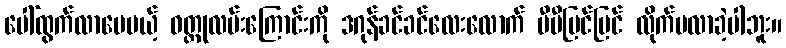
ပေါ်ထွက်လာပေမယ့် ဝတ္ထုလမ်းကြောင်းကို ဒဂုန်ခင်ခင်လေးလောက် ပီပီပြင်ပြင် လိုက်မလာခဲ့ပါဘူး။